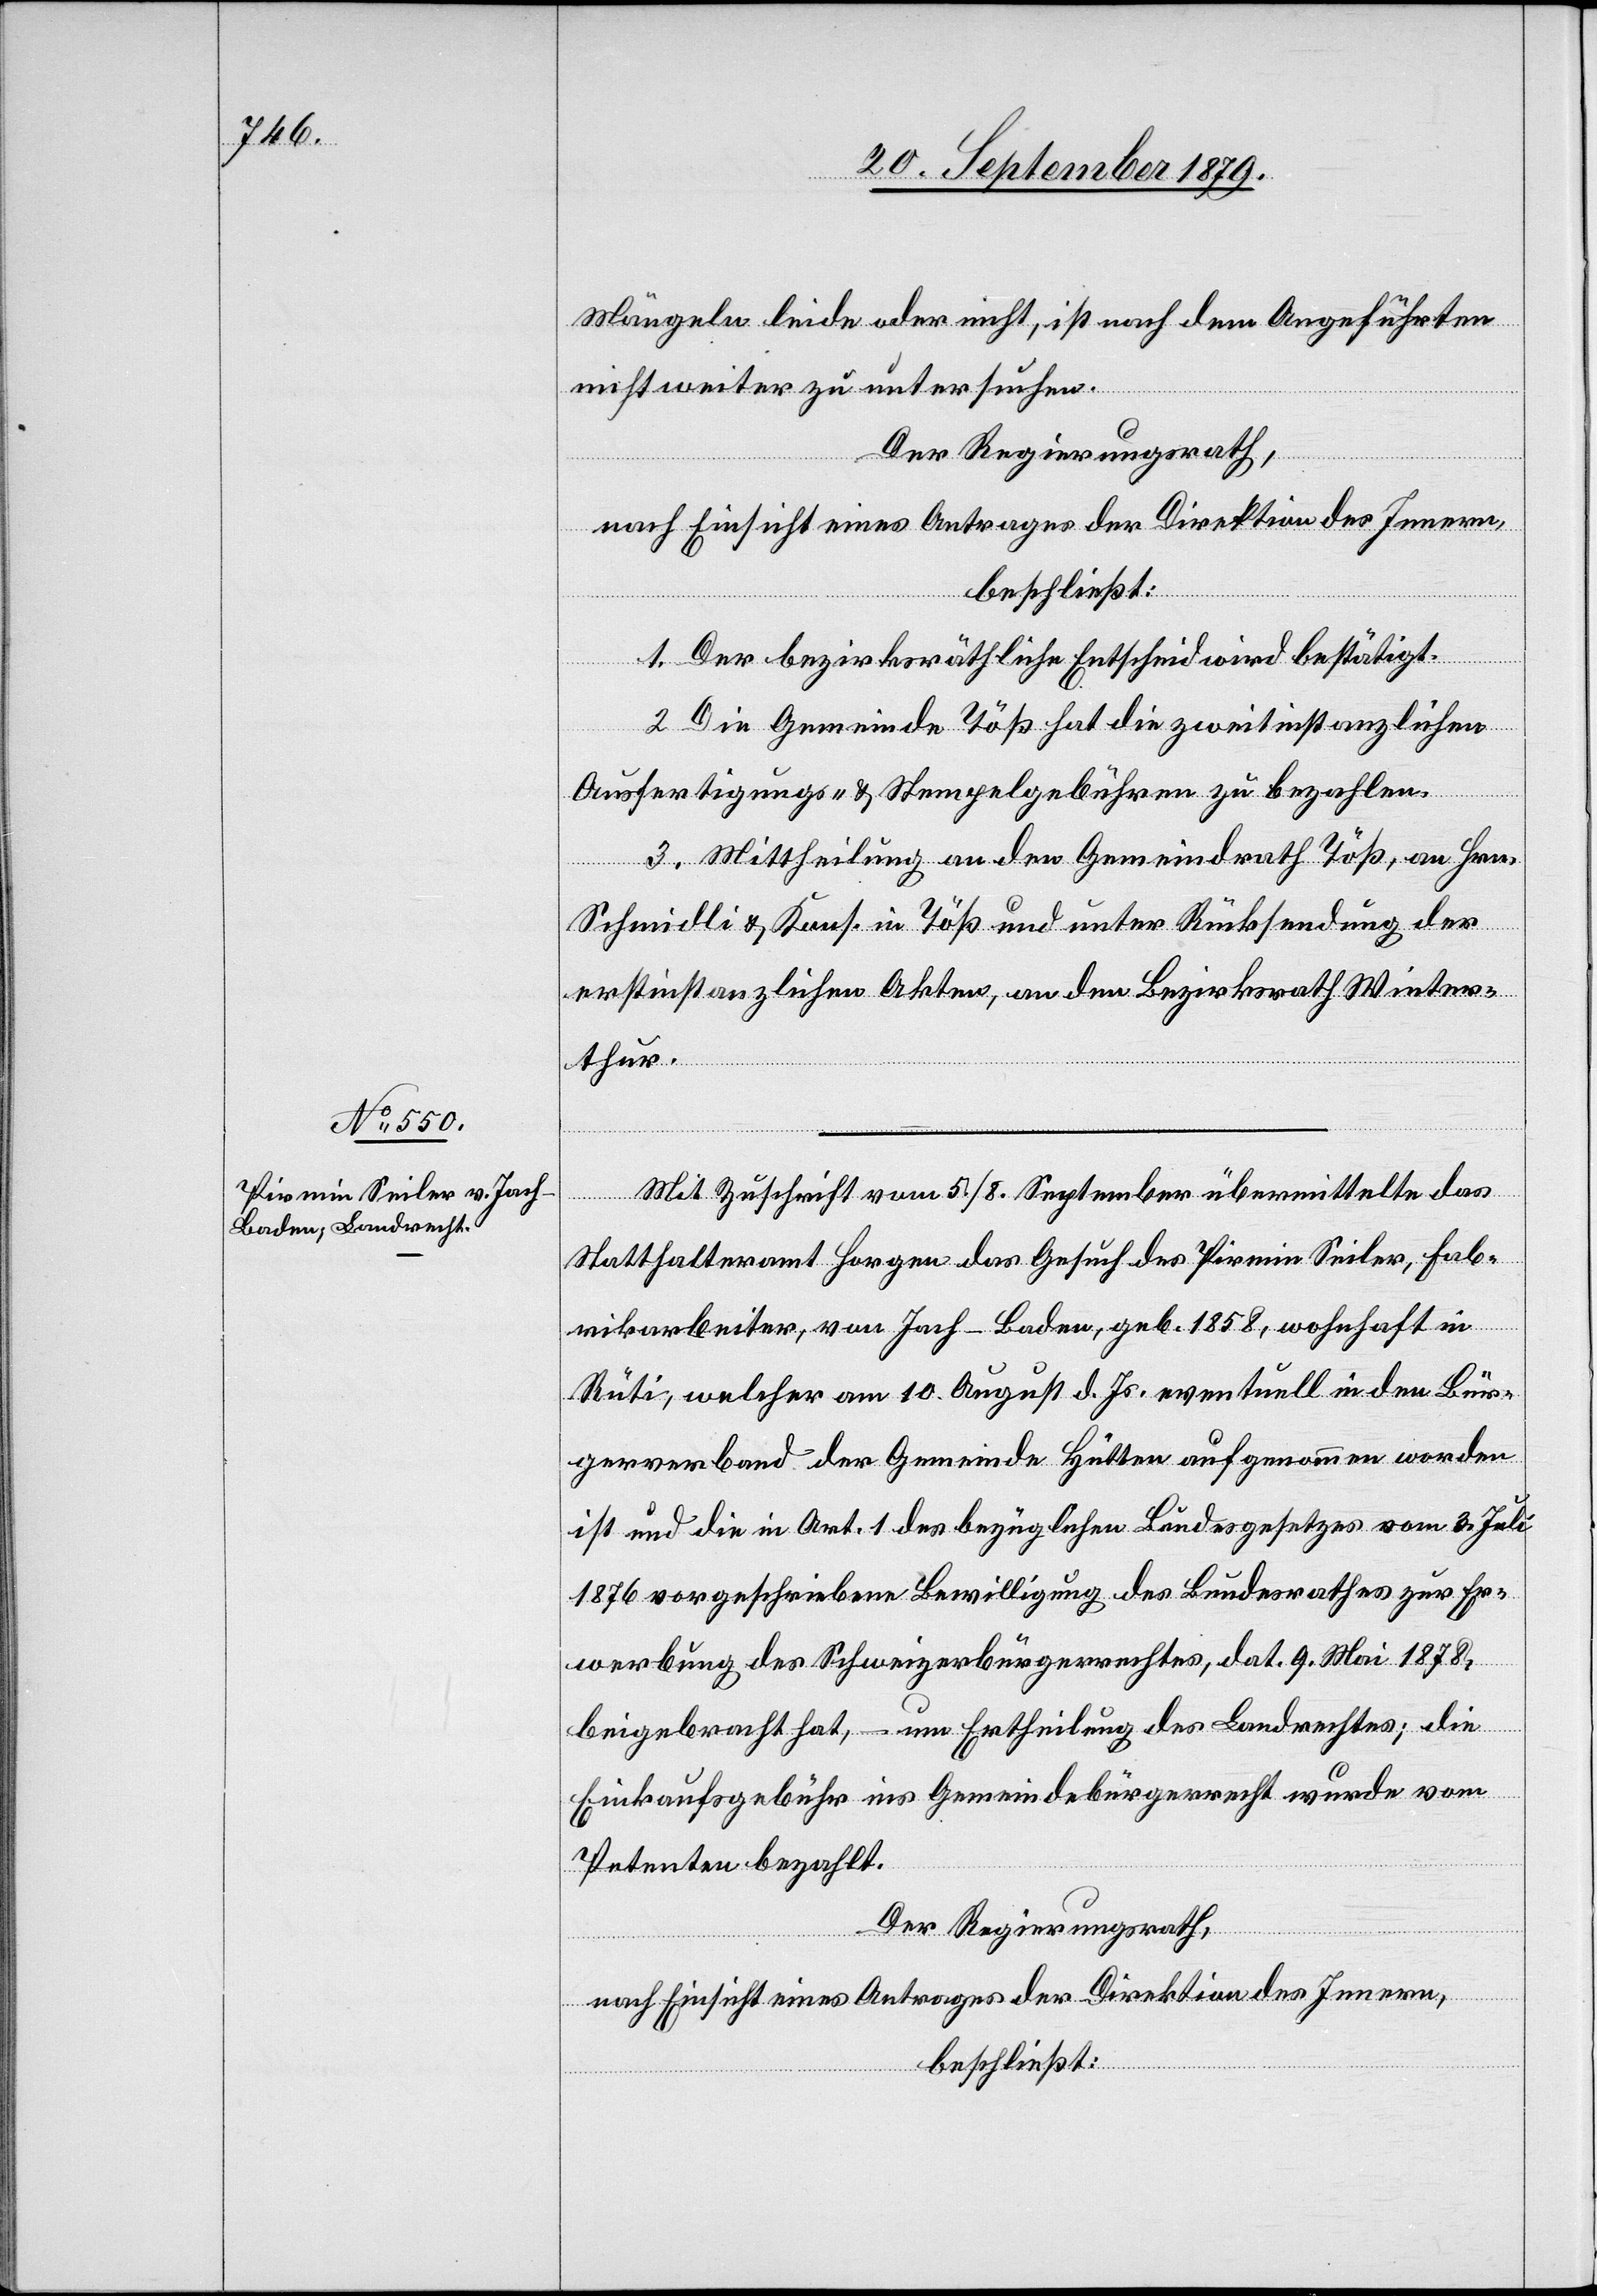
Mängeln leide oder nicht, ist nach dem Angeführten
nicht weiter zu untersuchen.
Der Regierungsrath,
nach Einsicht eines Antrages der Direktion des Innern,
beschließt:
1. Der bezirksräthliche Entscheid wird bestätigt.
2. Die Gemeinde Töß hat die zweitinstanzlichen
Ausfertigungs- und Stempelgebühren zu bezahlen.
3. Mittheilung an den Gemeindrath Töß, an Hrn.
Schmidli & Kons. in Töß und unter Rücksendung der
erstinstanzlichen Akten, an den Bezirksrath Winter¬
thur.
Mit Zuschrift vom 5./8. September übermittelte das
Statthalteramt Horgen das Gesuch des Pirmin Seiler, Fab¬
rikarbeiter, von Jach - Baden, geb. 1858, wohnhaft in
Rüti, welcher am 10. August d. Js. eventuell in den Bür¬
gerverband der Gemeinde Hütten aufgenommen worden
ist und die in Art. 1 des bezüglichen Bundesgesetzes vom 3. Juli
1876 vorgeschriebene Bewilligung des Bundesrathes zur Er¬
werbung des Schweizerbürgerrechtes, dat. 9. Mai 1878,
beigebracht hat, – um Ertheilung des Landrechtes; die
Einkaufsgebühr ins Gemeindebürgerrecht wurde vom
Petenten bezahlt.
Der Regierungsrath,
nach Einsicht eines Antrages der Direktion des Innern,
beschließt: